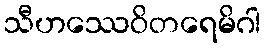
သီဟဿေဝိတရေမိဂါ